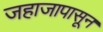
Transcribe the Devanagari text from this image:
जहाजापासून